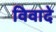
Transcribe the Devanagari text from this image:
विवादे